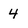
Character: 4